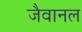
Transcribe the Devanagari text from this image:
जैवानल